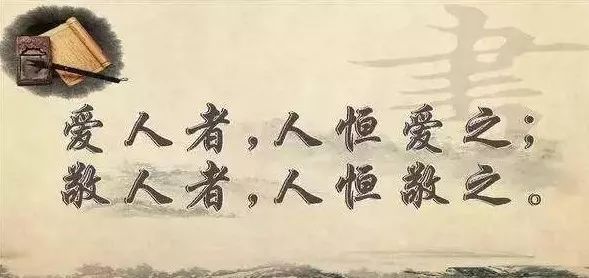
爱人者必见爱也，而恶人者必见恶也。